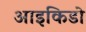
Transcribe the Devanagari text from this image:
आइकिडो